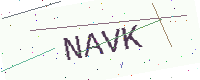
Text: NAVK